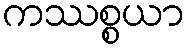
ကဿစ္စယာ